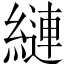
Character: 縺